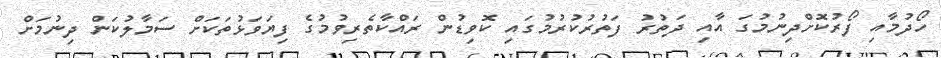
ހޯދުމާއި ފޯރުކޮށްދިނުމުގަ އާއި ދަތުރު ފަތުރުކުރުމުގައި ކޮވިޑުން ރައްކާތެރިވުމުގެ ފިޔަވަޅުތަކަށް ސަމާލުކަން ދިނުމަށް